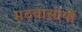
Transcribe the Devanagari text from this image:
मठवासीयों